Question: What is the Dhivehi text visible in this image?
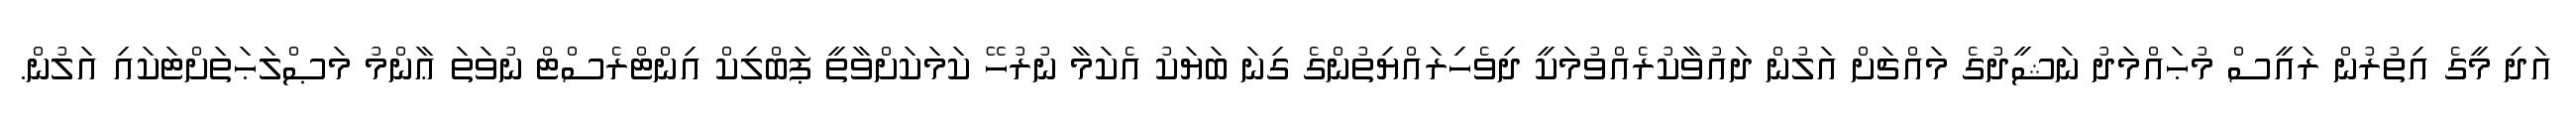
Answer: އަދި މީގެ އިތުރުން ރައީސް މުޙައްމަދު ނަޝީދުގެ މައްޗަށް އަލުން ދައުވާކުރެއްވުމަކީ ދިވެހިރައްޔިތުންގެ ގިނަ ބަޔަކު އެކަމާ ނުރުހޭ ކަމަކަށްވާތީ ޕަބްލިކް އިންޓްރެސްޓް ނުވަތަ ޢާންމު މަޞްލަޙަތަށްޓަކައި އަލުން.